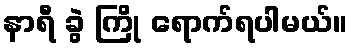
နာရီ ခွဲ ကြို ရောက်ရပါမယ်။